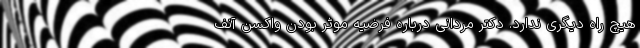
هیچ راه دیگری ندارد. دکتر مردانی درباره فرضیه موثر بودن واکسن آنف